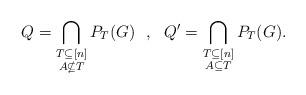
LaTeX: \begin{align*}Q=\bigcap_{\substack{T\subseteq [n] \\A\nsubseteq T}}P_T(G)~~,~~Q'=\bigcap_{\substack{T\subseteq [n] \\A\subseteq T}}P_T(G).\end{align*}